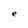
Character: e